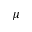
\mu